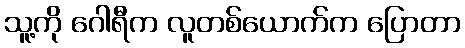
သူ့ကို ဂေါရီက လူတစ်ယောက်က ပြောတာ